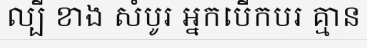
ល្បី ខាង សំបូរ អ្នកបើកបរ គ្មាន